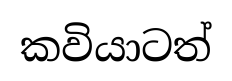
කවියාටත්